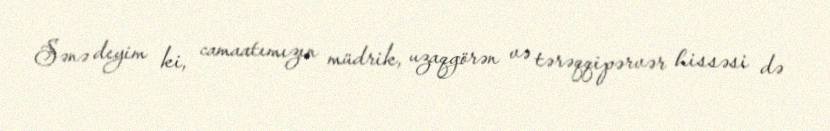
Sənə deyim ki, camaatımızın müdrik, uzaqgörən və tərəqqipərvər hissəsi də